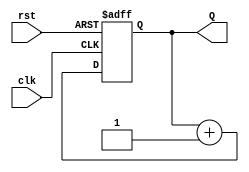
module binary_up_counter #(
    parameter N = 3  // Number of bits in the counter
) (
    input wire clk,   // Clock input
    input wire rst,   // Asynchronous reset input
    output reg [N-1:0] Q // Counter output
);

    // Always block triggered on the rising edge of the clock or reset
    always @(posedge clk or posedge rst) begin
        if (rst) begin
            Q <= 0; // Reset the counter to 0
        end else begin
            Q <= Q + 1; // Increment the counter
        end
    end

endmodule